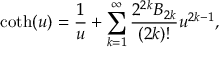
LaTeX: \coth ( u ) = \frac { 1 } { u } + \sum _ { k = 1 } ^ { \infty } \frac { 2 ^ { 2 k } B _ { 2 k } } { ( 2 k ) ! } u ^ { 2 k - 1 } ,